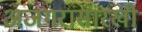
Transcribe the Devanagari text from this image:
अजगरासारखी